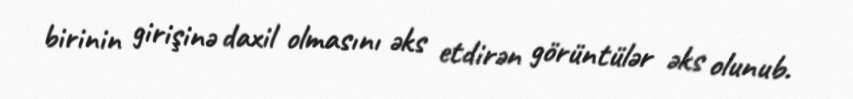
birinin girişinə daxil olmasını əks etdirən görüntülər əks olunub.